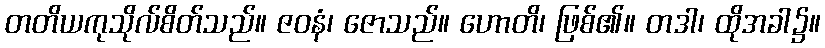
တတိယကုသိုလ်စိတ်သည်။ ဇဝနံ၊ ဇောသည်။ ဟောတိ၊ ဖြစ်၏။ တဒါ၊ ထိုအခါ၌။